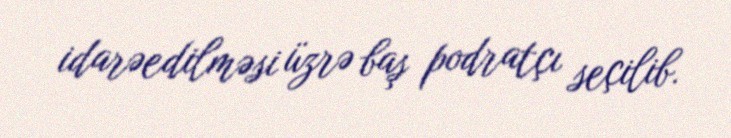
idarəedilməsi üzrə baş podratçı seçilib.